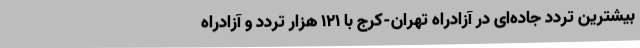
بیشترین تردد جاده‌ای در آزادراه تهران-کرج با 121 هزار تردد و آزادراه